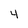
Character: 4